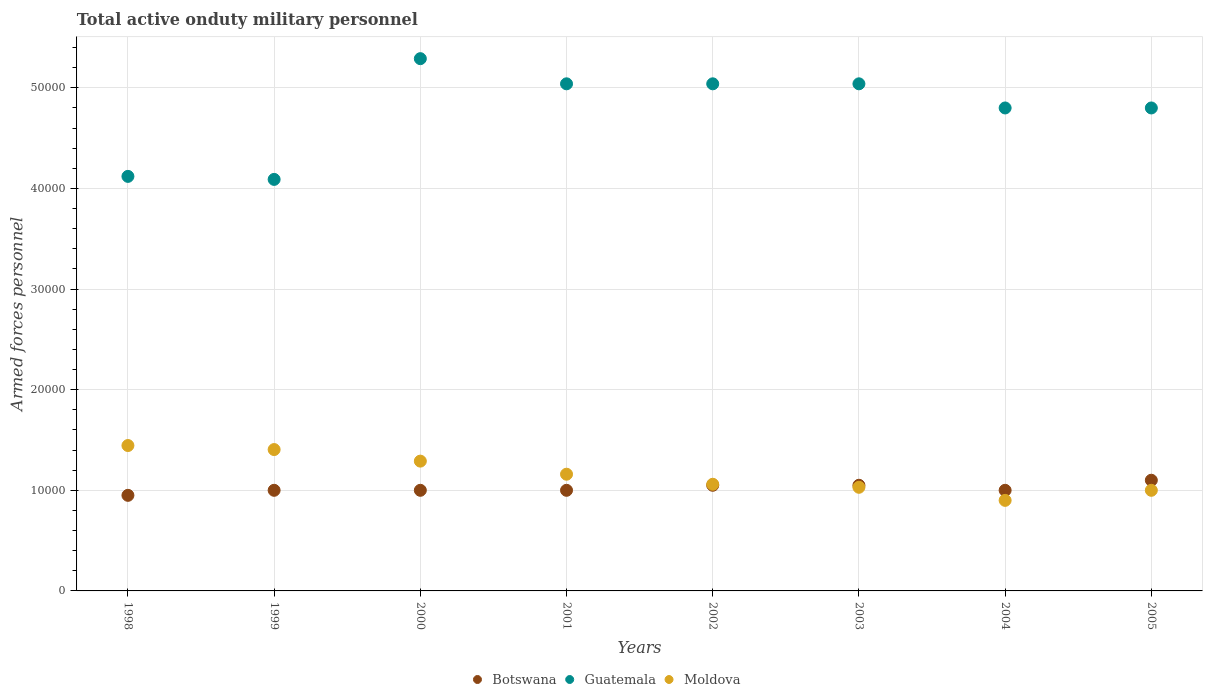
| Years | Botswana | Guatemala | Moldova |
 | --- | --- | --- | --- |
 | 1998 | 9.5e+03 | 4.12e+04 | 1.44e+04 |
 | 1999 | 1e+04 | 4.09e+04 | 1.40e+04 |
 | 2000 | 1e+04 | 5.29e+04 | 1.29e+04 |
 | 2001 | 1e+04 | 5.04e+04 | 1.16e+04 |
 | 2002 | 1.05e+04 | 5.04e+04 | 1.06e+04 |
 | 2003 | 1.05e+04 | 5.04e+04 | 1.03e+04 |
 | 2004 | 1e+04 | 4.8e+04 | 9e+03 |
 | 2005 | 1.1e+04 | 4.8e+04 | 1e+04 |